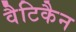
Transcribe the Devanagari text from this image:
वैटिकैन